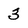
Character: 3